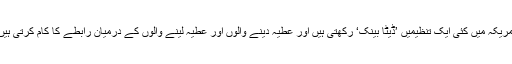
امریکہ میں کئی ایک تنظیمیں ’ڈیٹا بینک‘ رکھتی ہیں اور عطیہ دینے والوں اور عطیہ لینے والوں کے درمیان رابطے کا کام کرتی ہیں۔